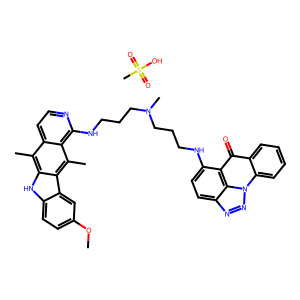
SMILES: COc1ccc2[nH]c3c(C)c4ccnc(NCCCN(C)CCCNc5ccc6nnn7c8ccccc8c(=O)c5c67)c4c(C)c3c2c1.CS(=O)(=O)O
Inhibits HIV replication: No